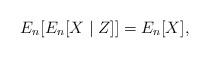
LaTeX: \begin{align*} E_n[E_n[X \mid Z]]=E_n[X],\end{align*}